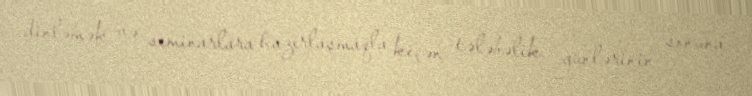
dinləmək və seminarlara hazırlaşmaqla keçən tələbəlik günlərinin sonuna